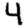
Digit: 4